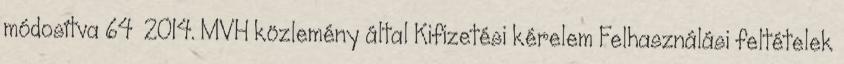
módosítva 64 2014. MVH közlemény által Kifizetési kérelem Felhasználási feltételek